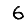
Digit: 6